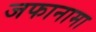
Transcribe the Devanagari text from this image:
जफानामा